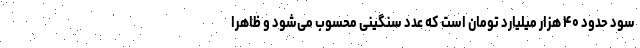
سود حدود ۴۰ هزار میلیارد تومان است که عدد سنگینی محسوب می‌شود و ظاهرا